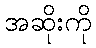
အဆိုးကို